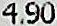
4.90